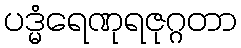
ပဒ္မံရေဏုရဇုဂ္ဂတာ